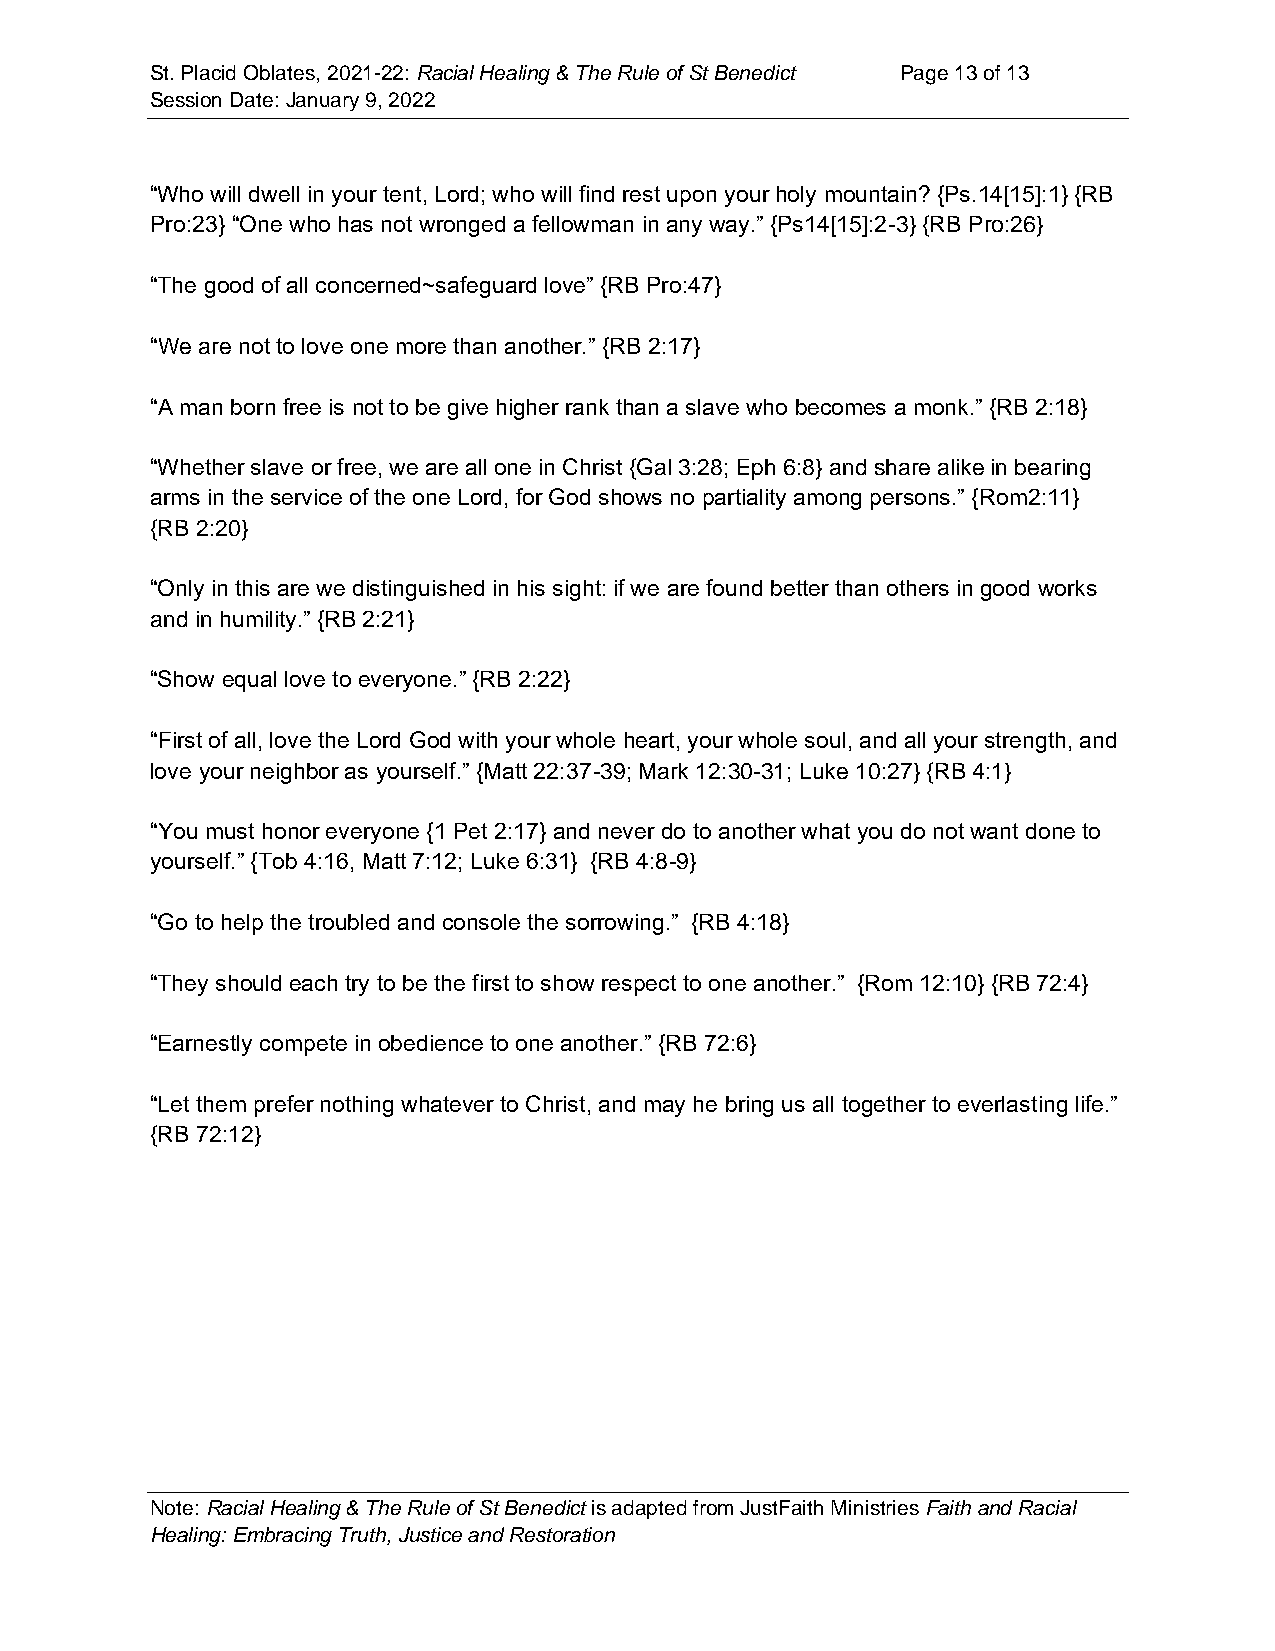
St. Placid Oblates, 2021-22: Racial Healing & The Rule of St Benedict Page 13 of 13
 Session Date: January 9, 2022
 “Who will dwell in your tent, Lord; who will find rest upon your holy mountain? {Ps.14[15]:1} {RB
 Pro:23} “One who has not wronged a fellowman in any way.” {Ps14[15]:2-3} {RB Pro:26}
 “The good of all concerned~safeguard love” {RB Pro:47}
 “We are not to love one more than another.” {RB 2:17}
 “A man born free is not to be give higher rank than a slave who becomes a monk.” {RB 2:18}
 “Whether slave or free, we are all one in Christ {Gal 3:28; Eph 6:8} and share alike in bearing
 arms in the service of the one Lord, for God shows no partiality among persons.” {Rom2:11}
 {RB 2:20}
 “Only in this are we distinguished in his sight: if we are found better than others in good works
 and in humility.” {RB 2:21}
 “Show equal love to everyone.” {RB 2:22}
 “First of all, love the Lord God with your whole heart, your whole soul, and all your strength, and
 love your neighbor as yourself.” {Matt 22:37-39; Mark 12:30-31; Luke 10:27} {RB 4:1}
 “You must honor everyone {1 Pet 2:17} and never do to another what you do not want done to
 yourself.” {Tob 4:16, Matt 7:12; Luke 6:31} {RB 4:8-9}
 “Go to help the troubled and console the sorrowing.” {RB 4:18}
 “They should each try to be the first to show respect to one another.” {Rom 12:10} {RB 72:4}
 “Earnestly compete in obedience to one another.” {RB 72:6}
 “Let them prefer nothing whatever to Christ, and may he bring us all together to everlasting life.”
 {RB 72:12}
 Note: Racial Healing & The Rule of St Benedict is adapted from JustFaith Ministries Faith and Racial
 Healing: Embracing Truth, Justice and Restoration